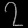
Digit: ၇